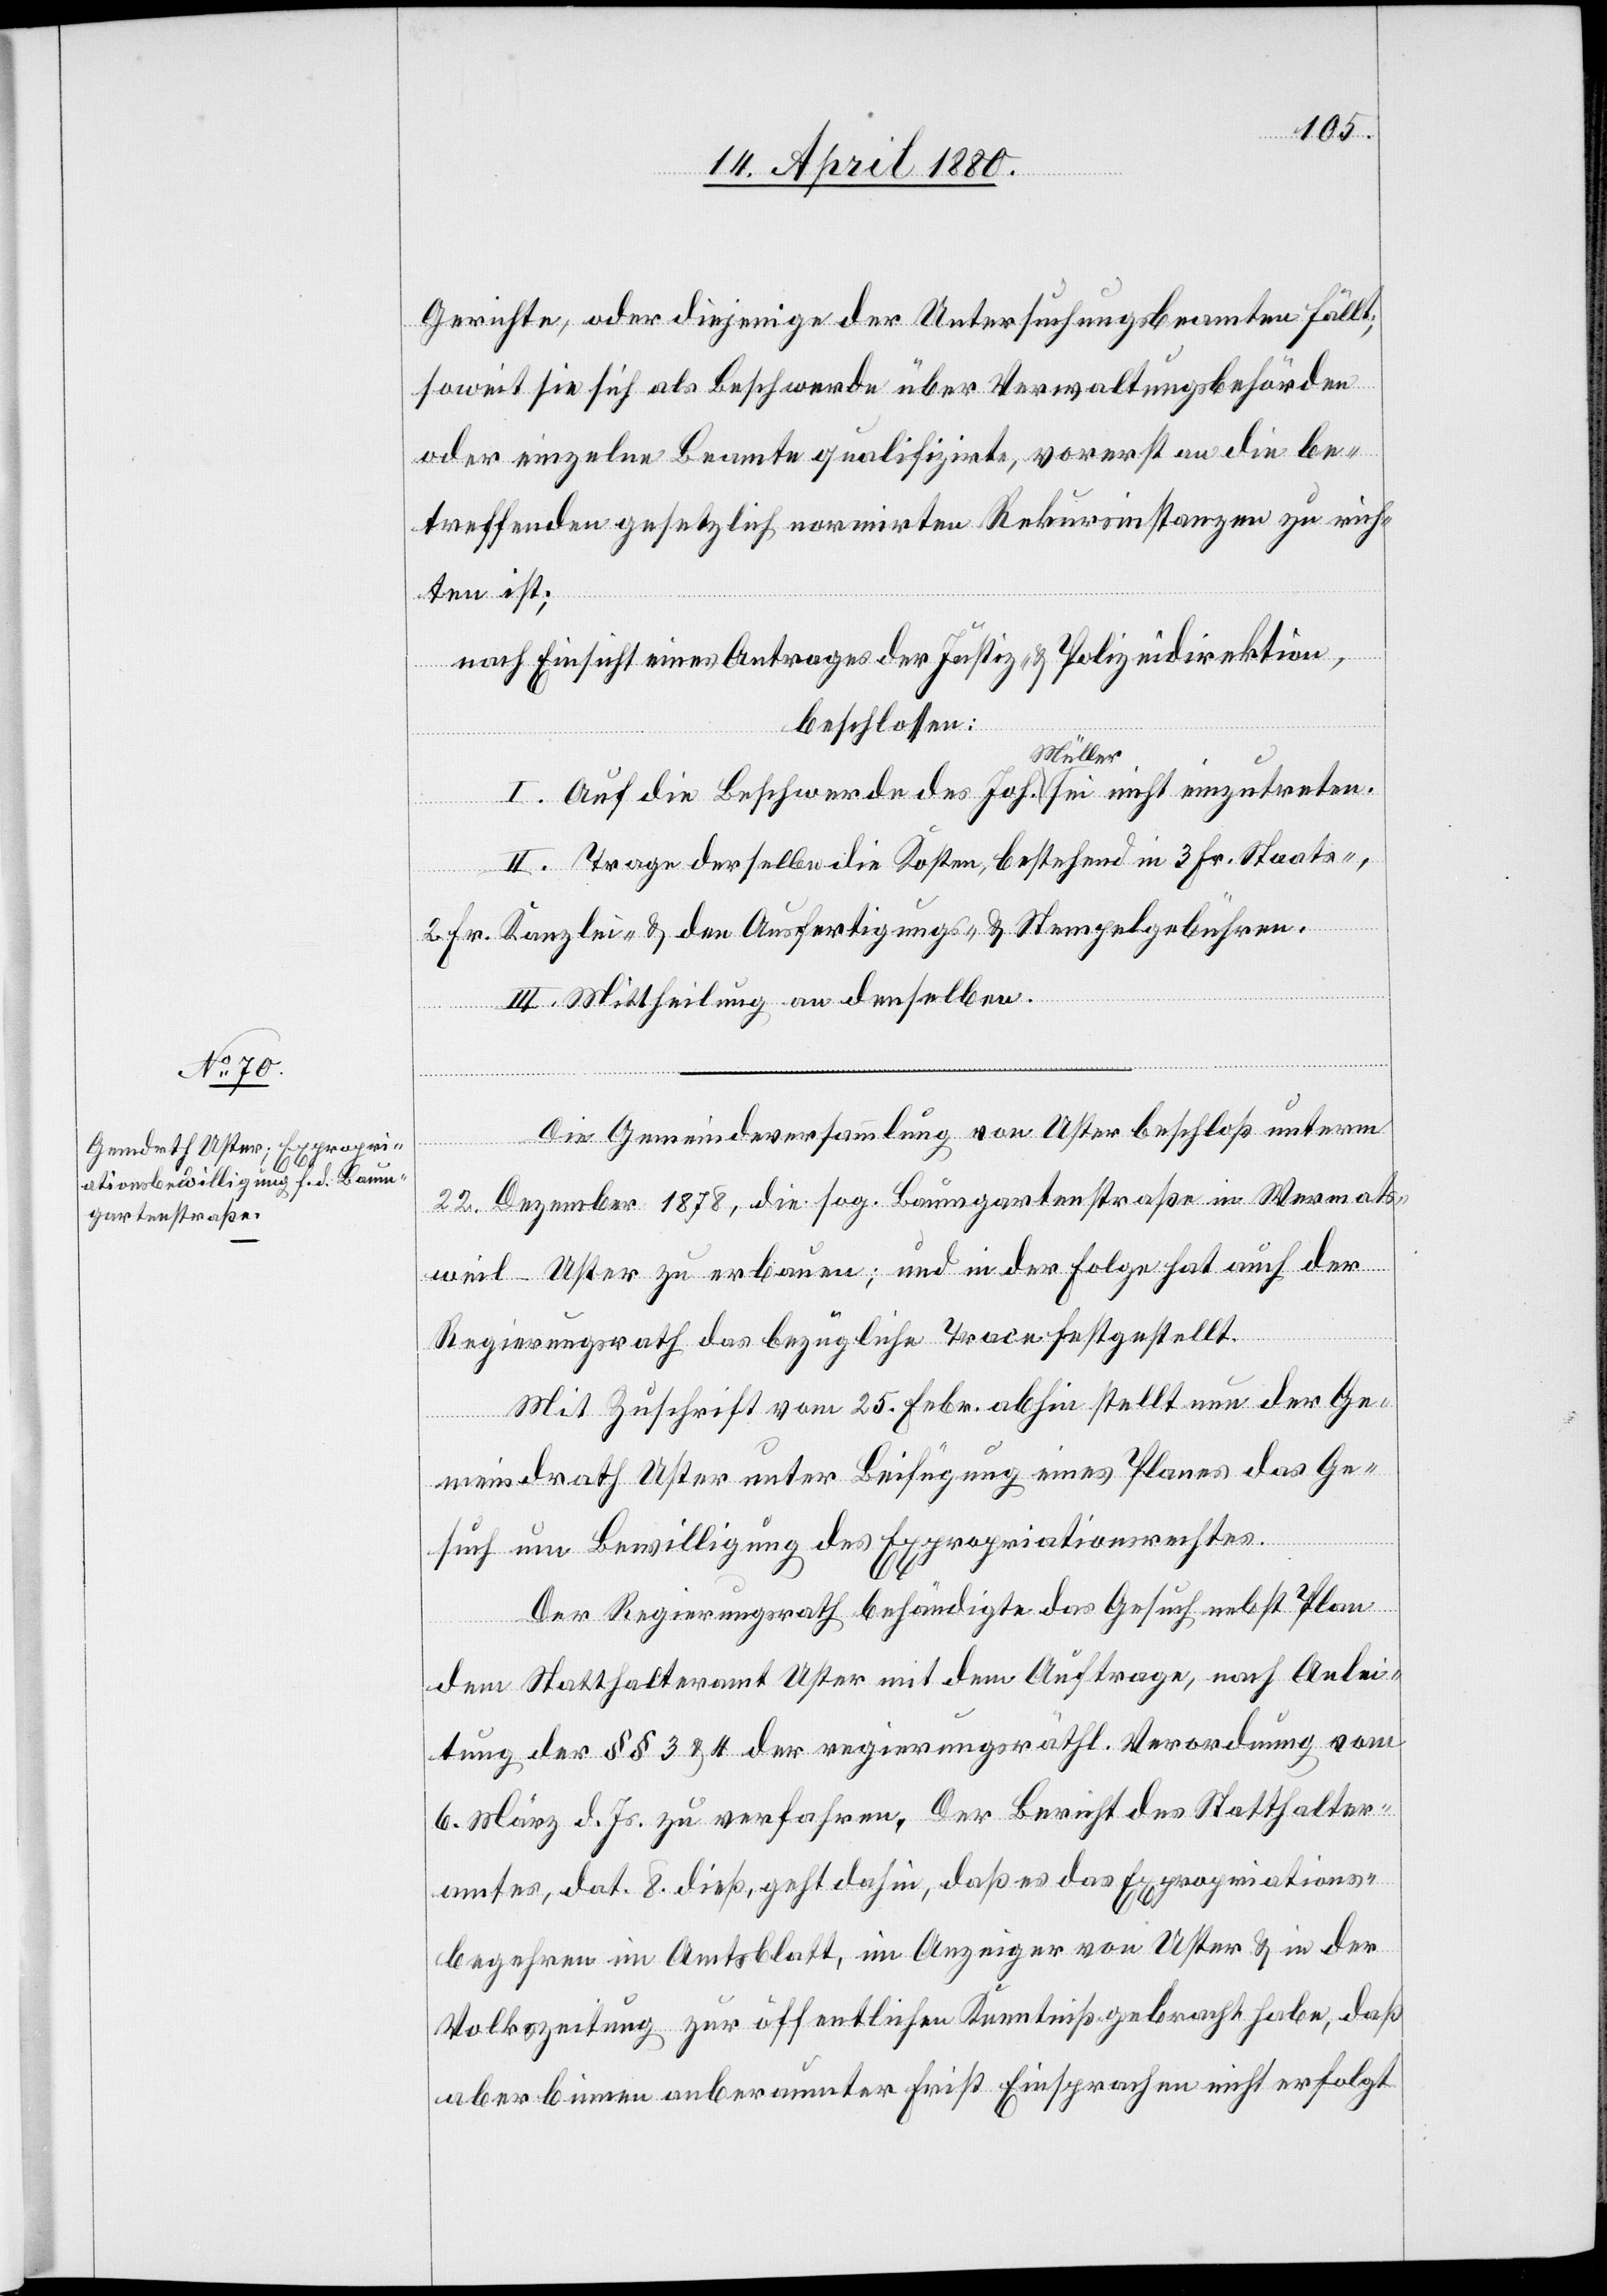
Gerichte, oder diejenige der Untersuchungsbeamten fällt;
soweit sie sich als Beschwerde über Verwaltungsbehörden
oder einzelne Beamte qualifizirt, vorerst an die be¬
treffenden gesetzlich normirten Rekursinstanzen zu rich¬
ten ist;
nach Einsicht eines Antrages der Justiz- & Polizeidirektion,
beschlossen:
I. Auf die Beschwerde des Joh. a-Müller-a sei nicht einzutreten.
II. Trage derselbe die Kosten, bestehend in 3 Fr. Staats-,
2 Fr. Kanzlei- & den Ausfertigungs- & Stempelgebühren.
III. Mittheilung an denselben.
Die Gemeindeversammlung von Uster beschloß unterm
22. Dezember 1878, die sog. Baumgartenstraße in Wermats¬
weil - Uster zu erbauen; und in der Folge hat auch der
Regierungsrath das bezügliche Trace festgestellt.
Mit Zuschrift vom 25. Febr. abhin stellt nun der Ge¬
meindrath Uster unter Beifügung eines Planes das Ge¬
such um Bewilligung des Expropriationsrechtes.
Der Regierungsrath behändigte das Gesuch nebst Plan
dem Statthalteramt Uster mit dem Auftrage, nach Anlei¬
tung der §§ 3 & 4 der regierungsräthl. Verordnung vom
6. März d. Js. zu verfahren. Der Bericht des Statthalter¬
amtes, dat. 8. dieß, geht dahin, daß es das Expropriations¬
begehren im Amtsblatt, im Anzeiger von Uster & in der
Volkszeitung zur öffentlichen Kenntniß gebracht habe, daß
aber binnen anberaumter Frist Einsprachen nicht erfolgt